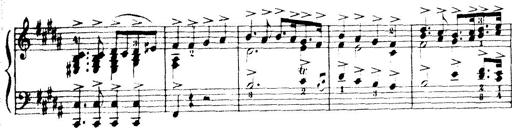
Title: Wagner-Liszt Album
Composer: Franz Liszt